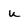
Character: u